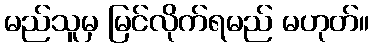
မည်သူမှ မြင်လိုက်ရမည် မဟုတ်။